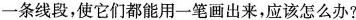
一条线段，使它们都能用一笔画出来，应该怎么办?